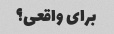
برای واقعی؟